Vaccination in Bombay 1869-1873 - 1869-1873
Year: 1869
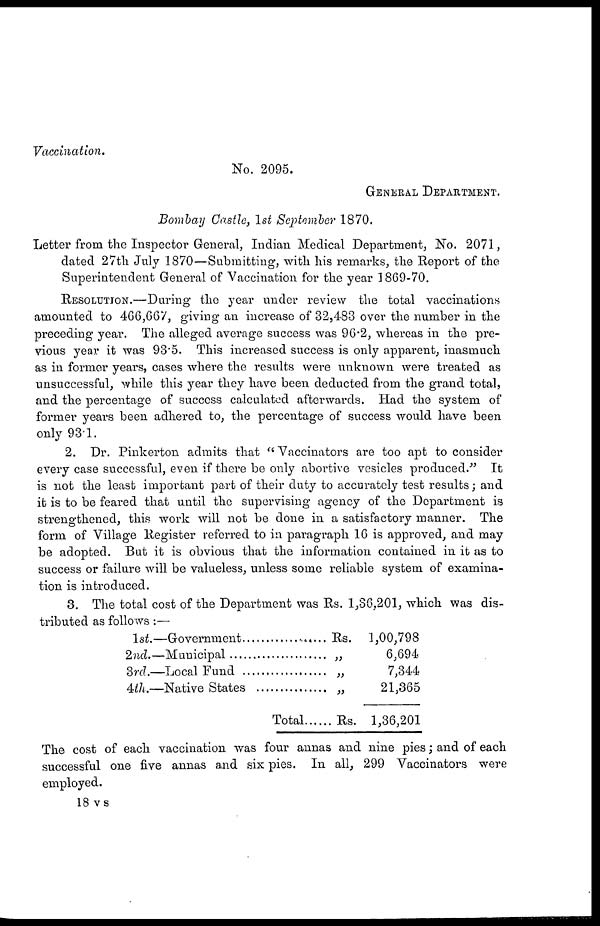
Vaccination.
No. 2095.
GENERAL DEPARTMENT.
Bombay Castle, 1st September 1870.
Letter from the Inspector General, Indian Medical Department, No. 2071,
dated 27th July 1870—Submitting, with his remarks, the Report of the
Superintendent General of Vaccination for the year 1869-70.
RESOLUTION.—During the year under review the total vaccinations
amounted to 466,667,giving an increase of 32,483 over the number in the
preceding year. The alleged average success was 96.2, whereas in the pre-
vious year it was 93.5. This increased success is only apparent, inasmuch
as in former years, cases where the results were unknown were treated as
unsuccessful, while this year they have been deducted from the grand total,
and the percentage of success calculated afterwards. Had the system of
former years been adhered to, the percentage of success would have been
only 93.1.
2. Dr. Pinkerton admits that "Vaccinators are too apt to consider
every case successful, even if there be only abortive vesicles produced." It
is not the least important part of their duty to accurately test results; and
it is to be feared that until the supervising agency of the Department is
strengthened, this work will not be done in a satisfactory manner. The
form of Village Register referred to in paragraph 16 is approved, and may
be adopted. But it is obvious that the information contained in it as to
success or failure will be valueless, unless some reliable system of examina-
tion is introduced.
3. The total cost of the Department was Rs. 1,36,201, which was dis-
tributed as follows :—
1st.-Government................. Rs
2nd.-Municipal................... „
3rd.-Local Fund................. „
4th.-Native States............... „
Total
Rs.
1,00,798
6,694
7,344
21,365
1,36,201
The cost of each vaccination was four annas and nine pies; and of each
successful one five annas and six pies. In all, 299 Vaccinators were
employed.
18 vs